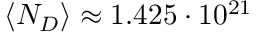
\langle N _ { D } \rangle \approx 1 . 4 2 5 \cdot 1 0 ^ { 2 1 }